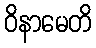
ဝိနာမေတိ